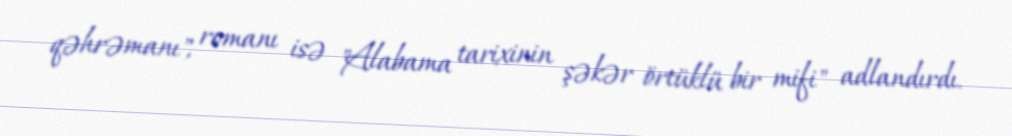
qəhrəmanı", romanı isə "Alabama tarixinin şəkər örtüklü bir mifi" adlandırdı.